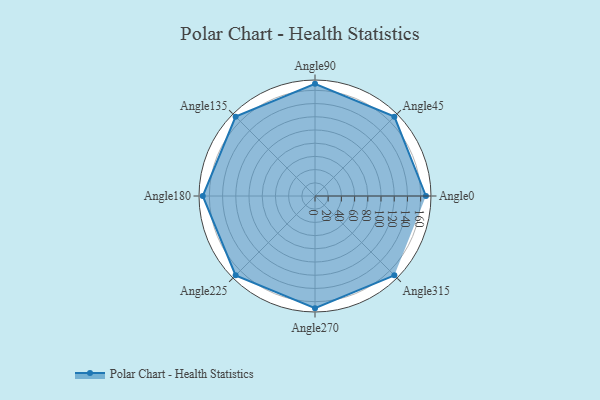
{"axis": {"x": "Angle", "y": "Radius"}, "legend": [""], "data": [{"x": "Angle0", "y": 168.0, "type": ""}, {"x": "Angle45", "y": 170, "type": ""}, {"x": "Angle90", "y": 170, "type": ""}, {"x": "Angle135", "y": 170, "type": ""}, {"x": "Angle180", "y": 170.0, "type": ""}, {"x": "Angle225", "y": 170, "type": ""}, {"x": "Angle270", "y": 170, "type": ""}, {"x": "Angle315", "y": 170, "type": ""}]}